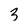
Character: 3